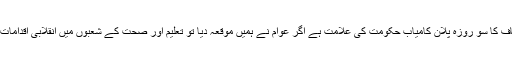
تحریک انصاف کا سو روزہ پلان کامیاب حکومت کی علامت ہے اگر عوام نے ہمیں موقعہ دیا تو تعلیم اور صحت کے شعبوں میں انقلابی اقدامات اٹھائیں گے۔